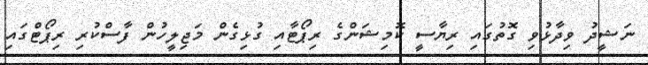
ނަޝީދު ވިދާޅުވި ގޮތުގައި ރިޔާސީ ކޮމިޝަންގެ ރިޕޯޓާއި ގުޅިގެން މަޖިލީހުން ފާސްކުރި ރިޕޯޓްގައި